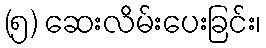
(၅) ဆေးလိမ်းပေးခြင်း၊